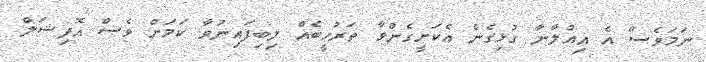
ނަމަވެސް އެ އިއުލާނާ ގުޅިގެން އެކަށީގެންވާ ތަރުހީބެއް ލިބިފައިނުވާ ކަމަށް ވެސް އޮފިޝަލް